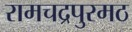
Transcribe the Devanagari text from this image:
रामचद्रपुरमठ